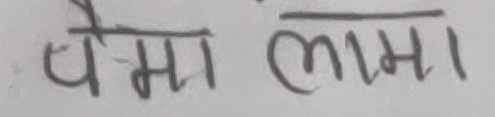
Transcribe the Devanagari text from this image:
पेमा लामा